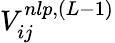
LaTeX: V_{ij}^{nlp,(L-1)}